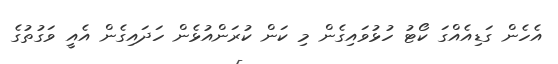
އެހެން ގަޑިއެއްގަ ކޯޓު ހުޅުވައިގެން މި ކަން ކުރަންއުޅެން ހަދައިގެން އެއީ ވަގުތުގެ